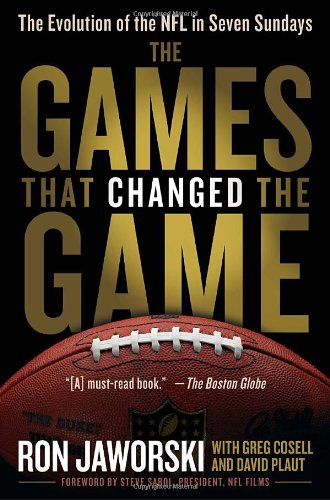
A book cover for The Games That Changed the Game: The Evolution of the NFL in Seven Sundays; Ron Jaworski; Sports & Outdoors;